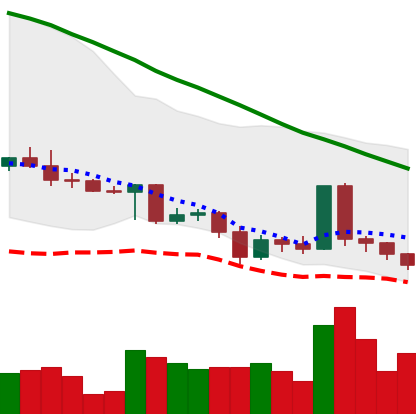
Ticker: ADA-USD
Chart end date: 2022-05-08
Forward return: -28.488%
Label: down_7plus